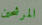
المرشحين